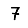
Digit: 7